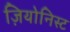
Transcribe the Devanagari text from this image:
ज़ियोनिस्ट